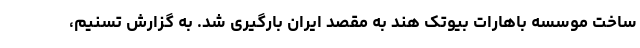
ساخت موسسه باهارات بیوتک هند به مقصد ایران بارگیری شد. به گزارش تسنیم،